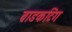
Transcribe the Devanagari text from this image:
ब्राडकटिंग